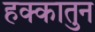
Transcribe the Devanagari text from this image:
हक्कातुन